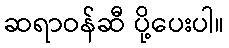
ဆရာဝန်ဆီ ပို့ပေးပါ။